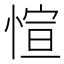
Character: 愃